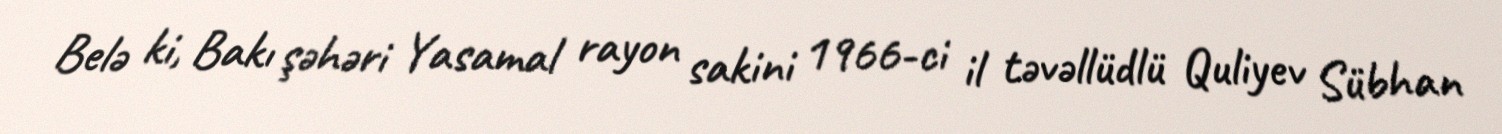
Belə ki, Bakı şəhəri Yasamal rayon sakini 1966-ci il təvəllüdlü Quliyev Sübhan